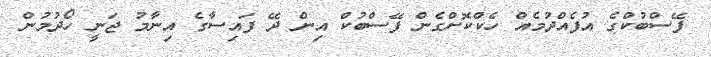
ފޭސްބުކްގެ އުފެއްދުމެއް ހެކްކޮށްގެން ފޭސްބުކް އިން ދޭ ފައިސާގެ އިނާމު ޖަނީ ހޯދުމުން